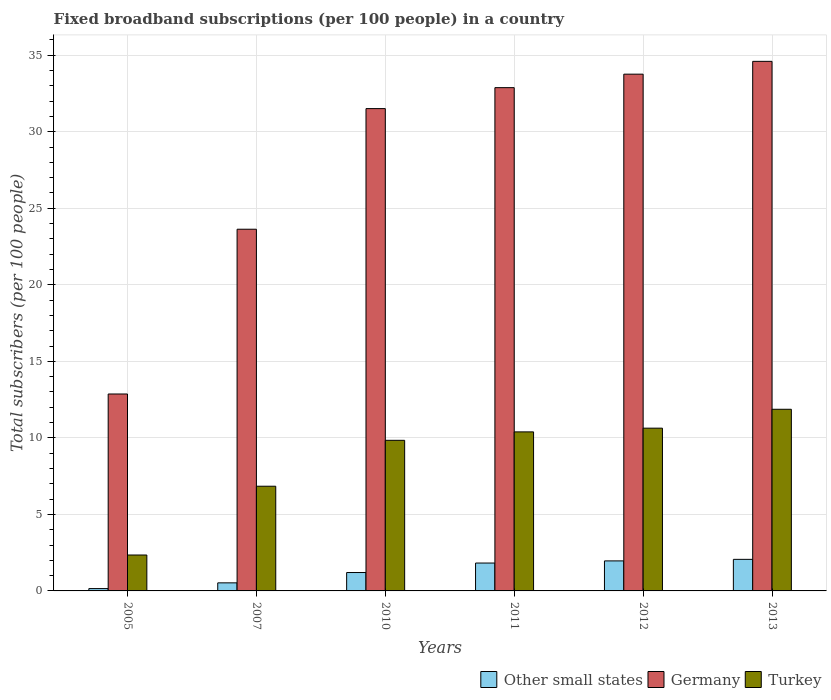
| Years | Other small states | Germany | Turkey |
 | --- | --- | --- | --- |
 | 2005 | 0.153 | 12.9 | 2.35 |
 | 2007 | 0.527 | 23.6 | 6.84 |
 | 2010 | 1.2 | 31.5 | 9.84 |
 | 2011 | 1.82 | 32.9 | 10.4 |
 | 2012 | 1.96 | 33.8 | 10.6 |
 | 2013 | 2.06 | 34.6 | 11.9 |